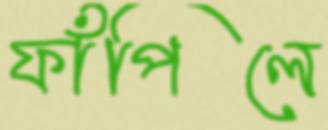
ফাঁপিলে